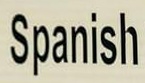
Spanish